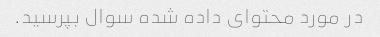
در مورد محتوای داده شده سوال بپرسید.